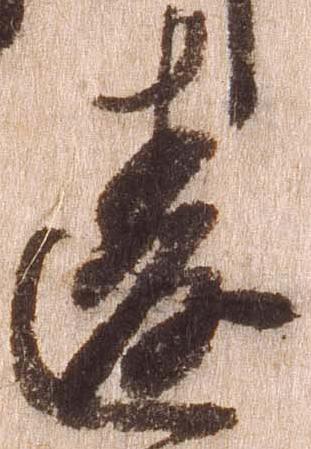
違